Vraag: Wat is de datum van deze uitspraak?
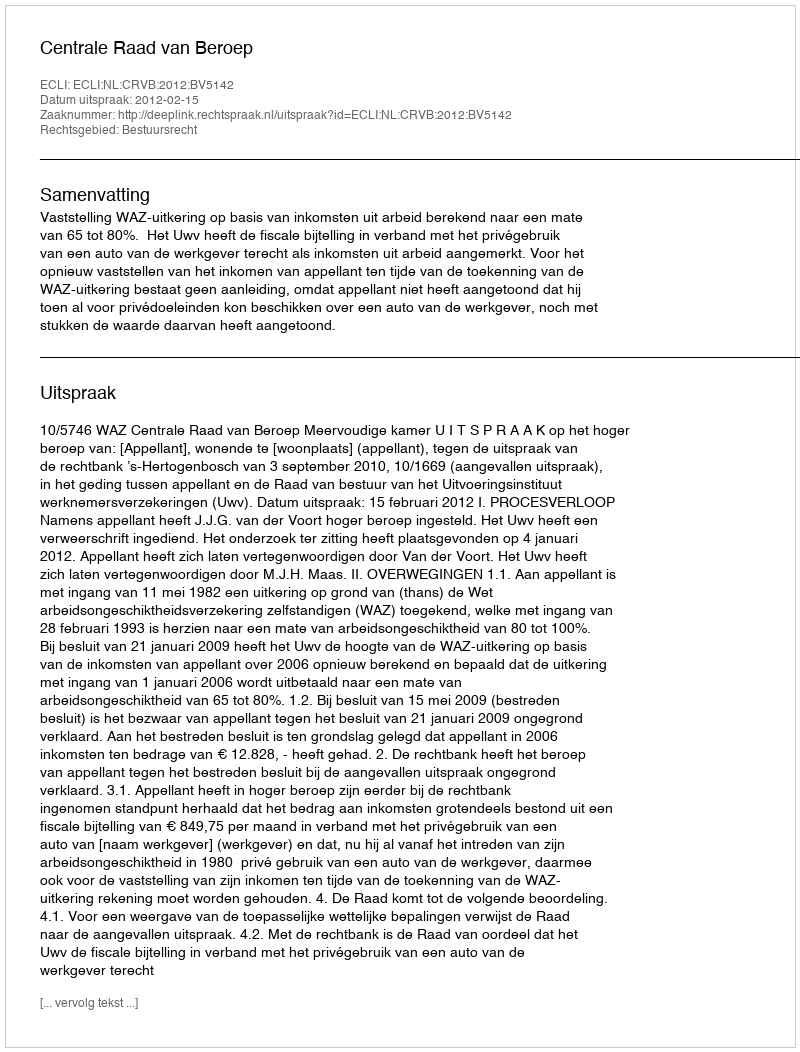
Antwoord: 2012-02-15